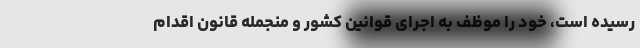
رسیده است، خود را موظف به اجرای قوانین کشور و منجمله قانون اقدام